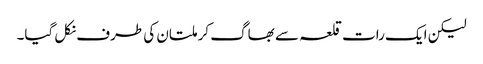
لیکن ایک رات قلعہ سے بھاگ کر ملتان کی طرف نکل گیا۔